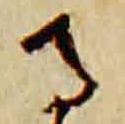
寺